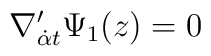
\nabla ^{\prime}_{{\dot \alpha}t}\Psi _{1}(z)=0